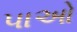
પાઓ